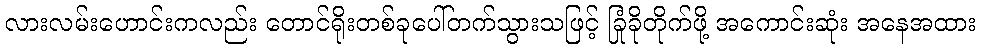
လားလမ်းဟောင်းကလည်း တောင်ရိုးတစ်ခုပေါ်တက်သွားသဖြင့် ခြုံခိုတိုက်ဖို့ အကောင်းဆုံး အနေအထား